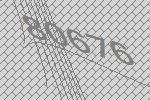
80676